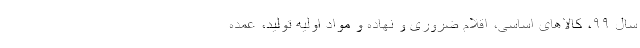
سال ۹۹، کالاهای اساسی، اقلام ضروری و نهاده و مواد اولیه تولید، عمده